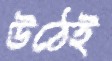
উঠেই